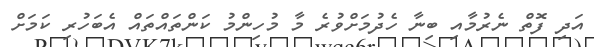
އަދި ފޮތް ނެރުމާއި ބިނާ ހެދުމަށްވުރެ މާ މުހިންމު ކަންތައްތައް އެބަހުރި ކަމަށް